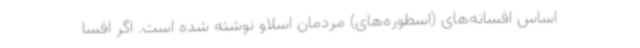
اساس افسانه‌های (اسطوره‌های) مردمان اسلاو نوشته شده است. اگر افسا